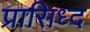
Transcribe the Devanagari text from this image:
प्रासिध्द